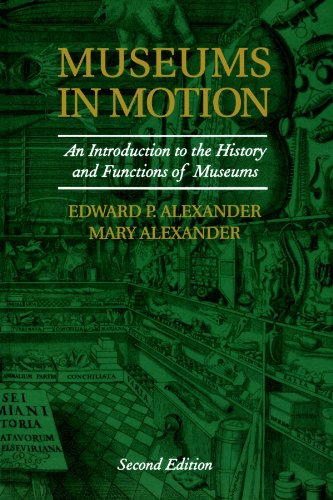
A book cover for Museums in Motion: An Introduction to the History and Functions of Museums (American Association for State and Local History); Edward P. Alexander; Business & Money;